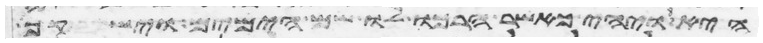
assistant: היא ויהי כאשר הרכו לו שם הימים וישקף